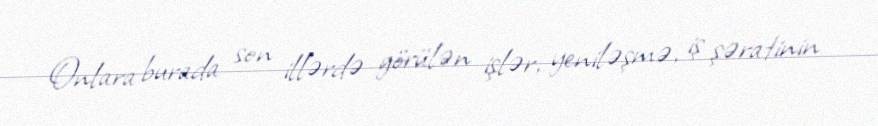
Onlara burada son illərdə görülən işlər, yeniləşmə, iş şəratinin